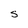
Character: S